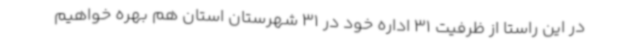
در این راستا از ظرفیت 31 اداره خود در 31 شهرستان استان هم بهره خواهیم